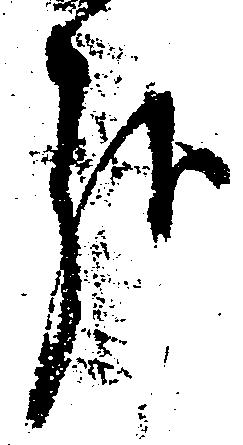
哉